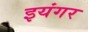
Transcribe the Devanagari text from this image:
इयंगर